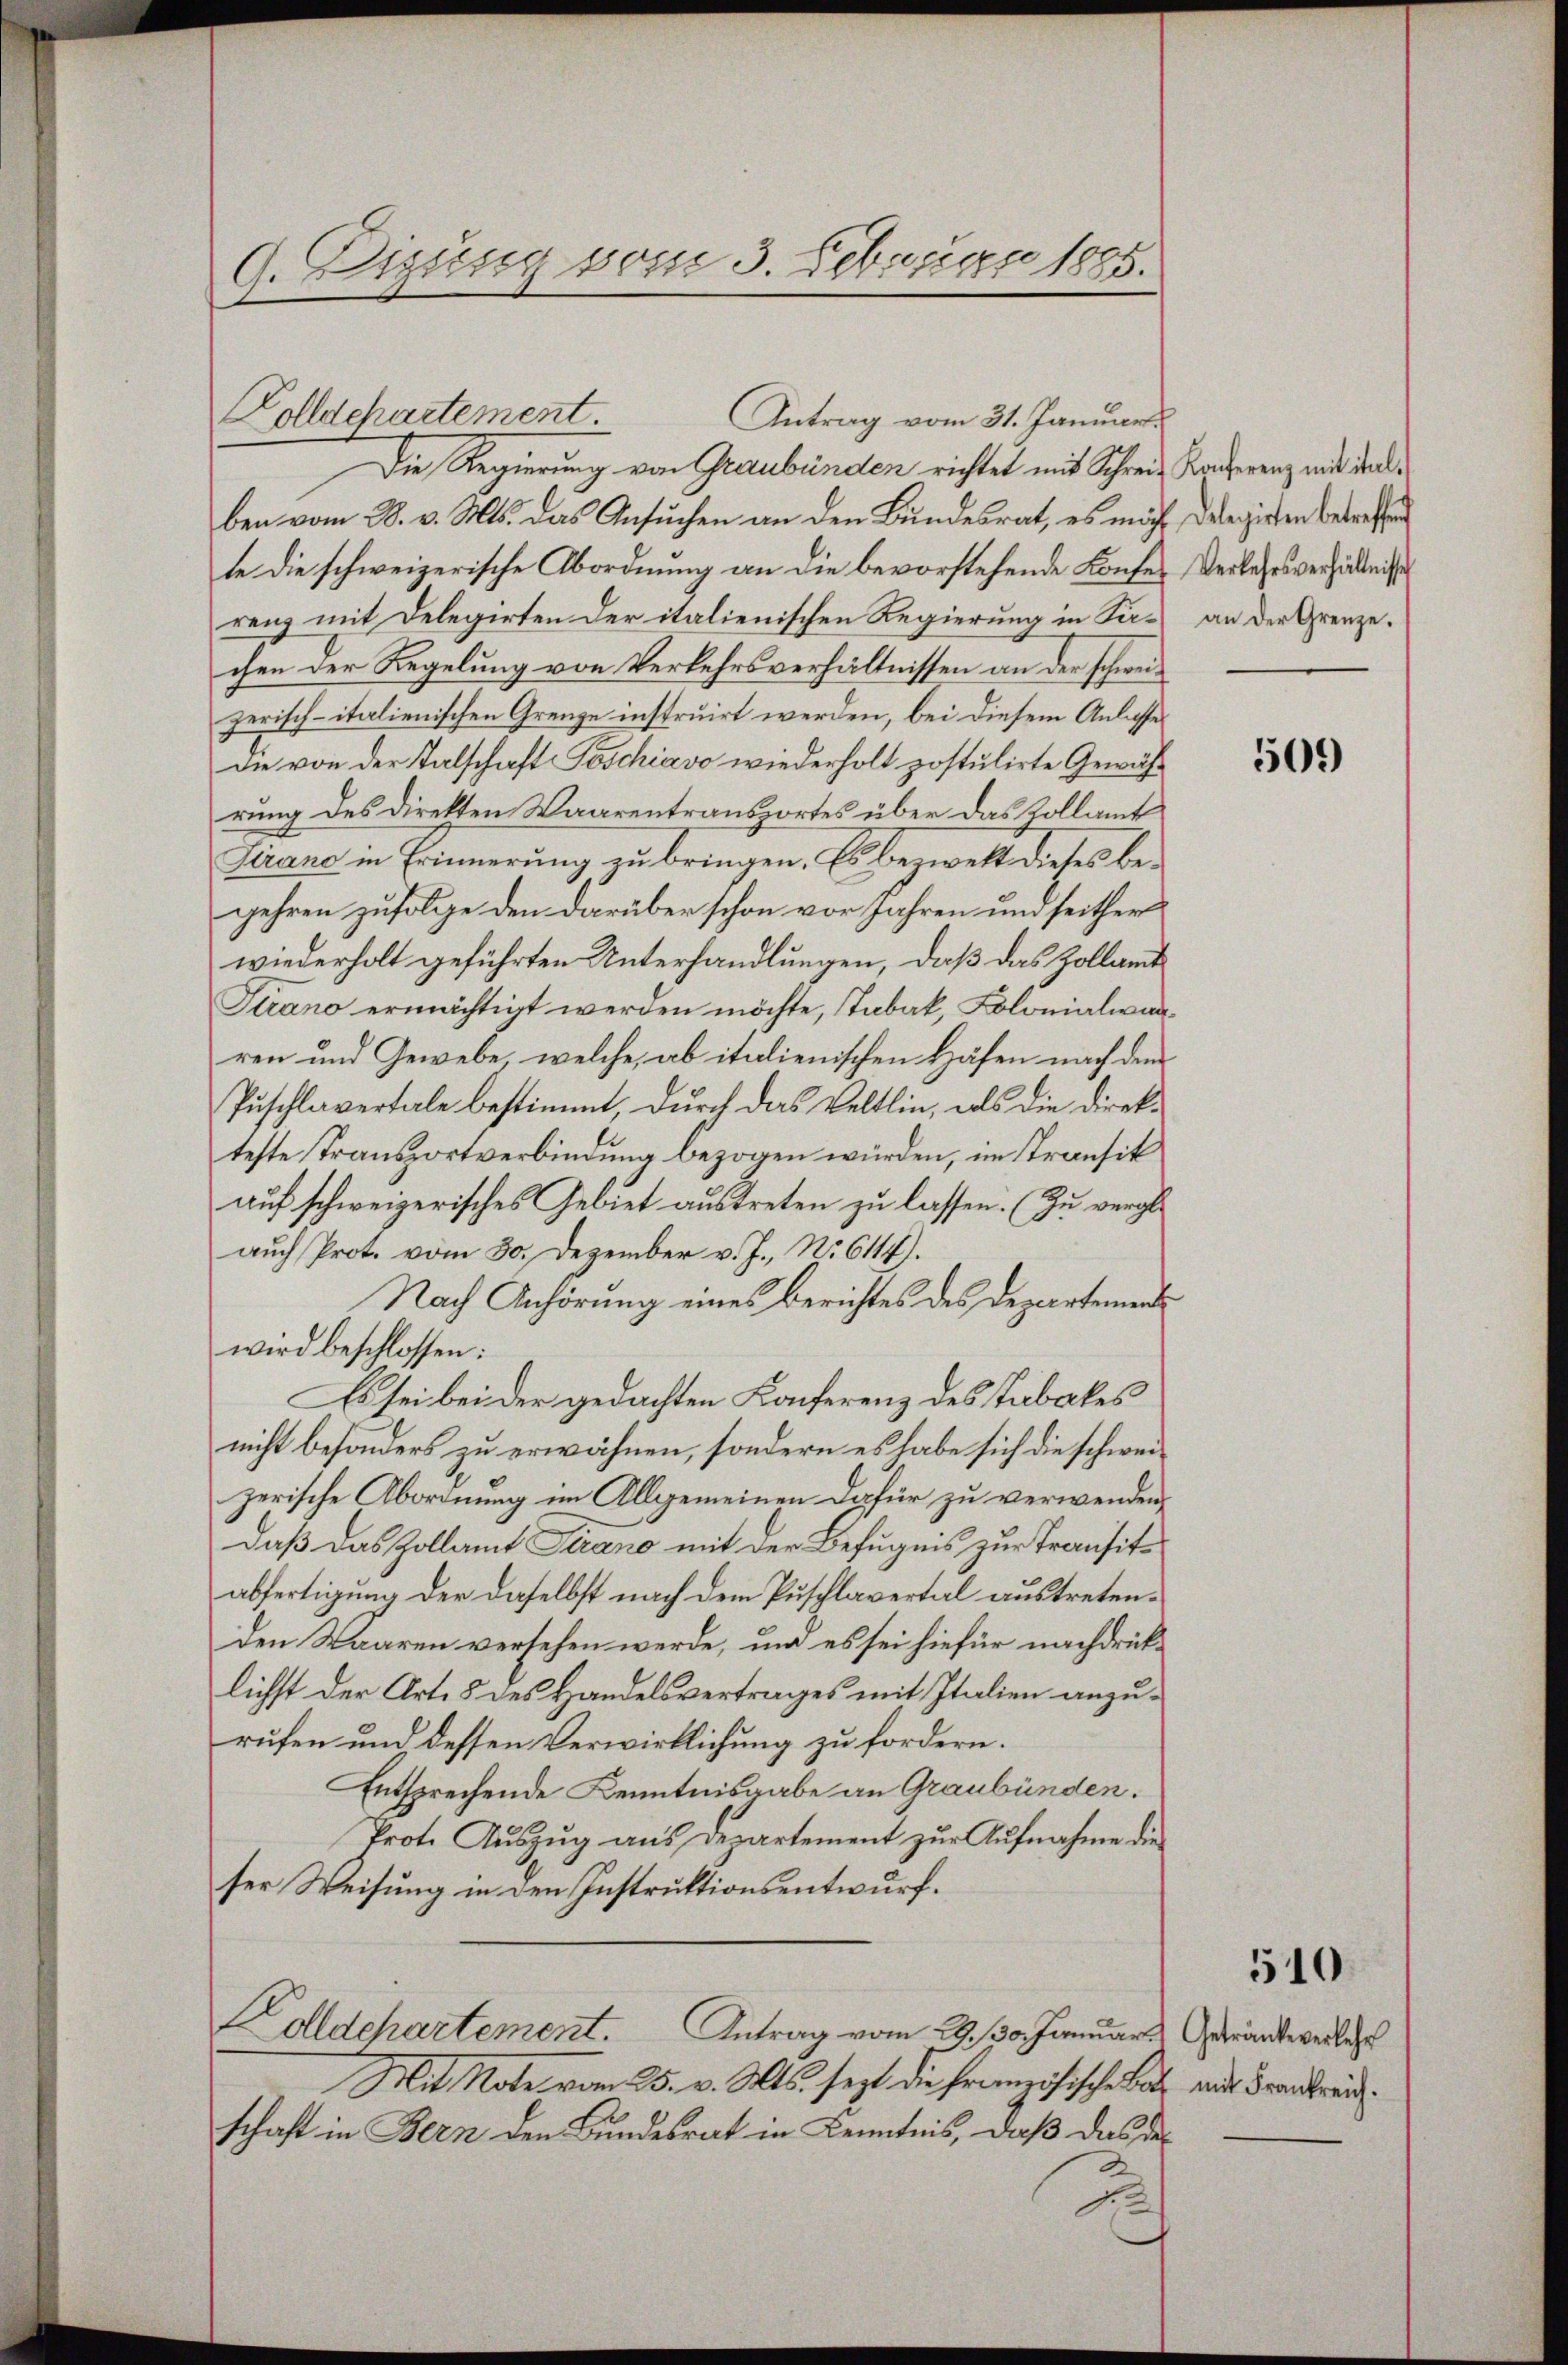
Antrag vom 31. Januar
Die Regierung von Graubünden richtet mit Schreie Konferenz mit derben vom 28. v. Mts. das Ansuchen an den Bundesrat, es möchte die schweizerische Abordnung an die bevorstehende Konferenz mit Delegirten der italienischen Regierung in Sachen der Regelung von Verkehrsverhältnissen an der schweizerisch-italienischen Grenze instruirt werden, bei diesem Anlasse
Die von der Talschaft Poschiavo wiederholt postulirte Gewährung des Direkten Waarentransportes über das Kollamt
Lirane in Erinnerung zu bringen. Es bezweit dieses begehren zufolge den darüber schon vor Jahren und seither
wiederholt geführten Unterhandlungen, daß das Zollamt
Strano ermächtigt werden möchte, Tabak, Kolonialwärren und Gewebe, welche, ab italienischen Häfen nach dem
Puschlavertale bestimmt, durch das Veltlin, als die Direkteste Transportverbindung bezogen würden, im Transik
auf schweizerisches Gebiet austreten zu lassen. (Zu vergl
aŭch Prot. vom 30. Dezember v. J., No 6117).
Nach Anhörung eines Berichtes des Departementwird beschlossen:
Es sei bei der gedachten Konferenz des Tabakes
nicht besonders zu erwähnen, sondern es habe sich die schweizerische Abordnung im Allgemeinen dafür zu verwenden,
daß das Zollamt Sirano mit der Befugnis zur Transitabfertigung der daselbst nach dem Puschlavertal austretenden Waaren versehen werde, um es sei hiefür nachdrücklichst der Art. 5 des Handelsvertrages mit Italien anzurufen und dessen Verwirklichung zu fordern.
Entsprechende Kenntnisgabe an Graubünden.
Prot. Aŭszŭg ans Departement zŭr Aŭfnahme die
ser Weisung in den Instruktionsentwurf.
Colldepartement. Antrag vom 29. 130. Januars Gerantweile
Mit Note vom 25. v. Mts. sezt die französische Latz aus Frankreichschaft in Bern den Bundesrat in Kenntnis, daß das das
E

9. Dizung vom 3. Februar 1885.

olldchartement.

Delegirten betreffen
Verkehrsverhältnisse
an der Grenze.

501)

510